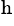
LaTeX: ^\mathrm{h}